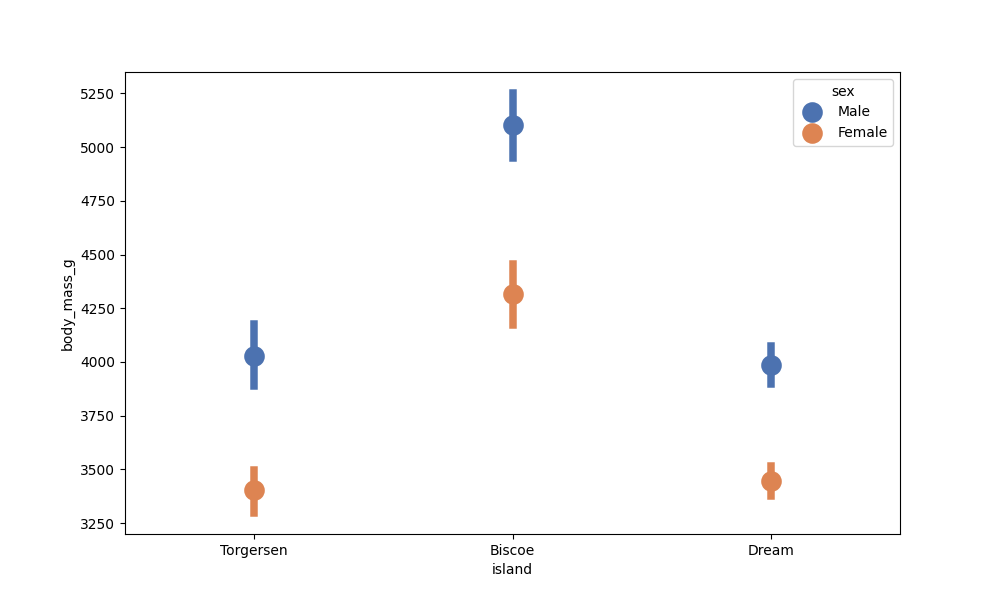
python, seaborn, pointplot, scale=2.0, join=False, hue='sex', palette='deep'